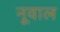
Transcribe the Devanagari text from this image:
नूवाल